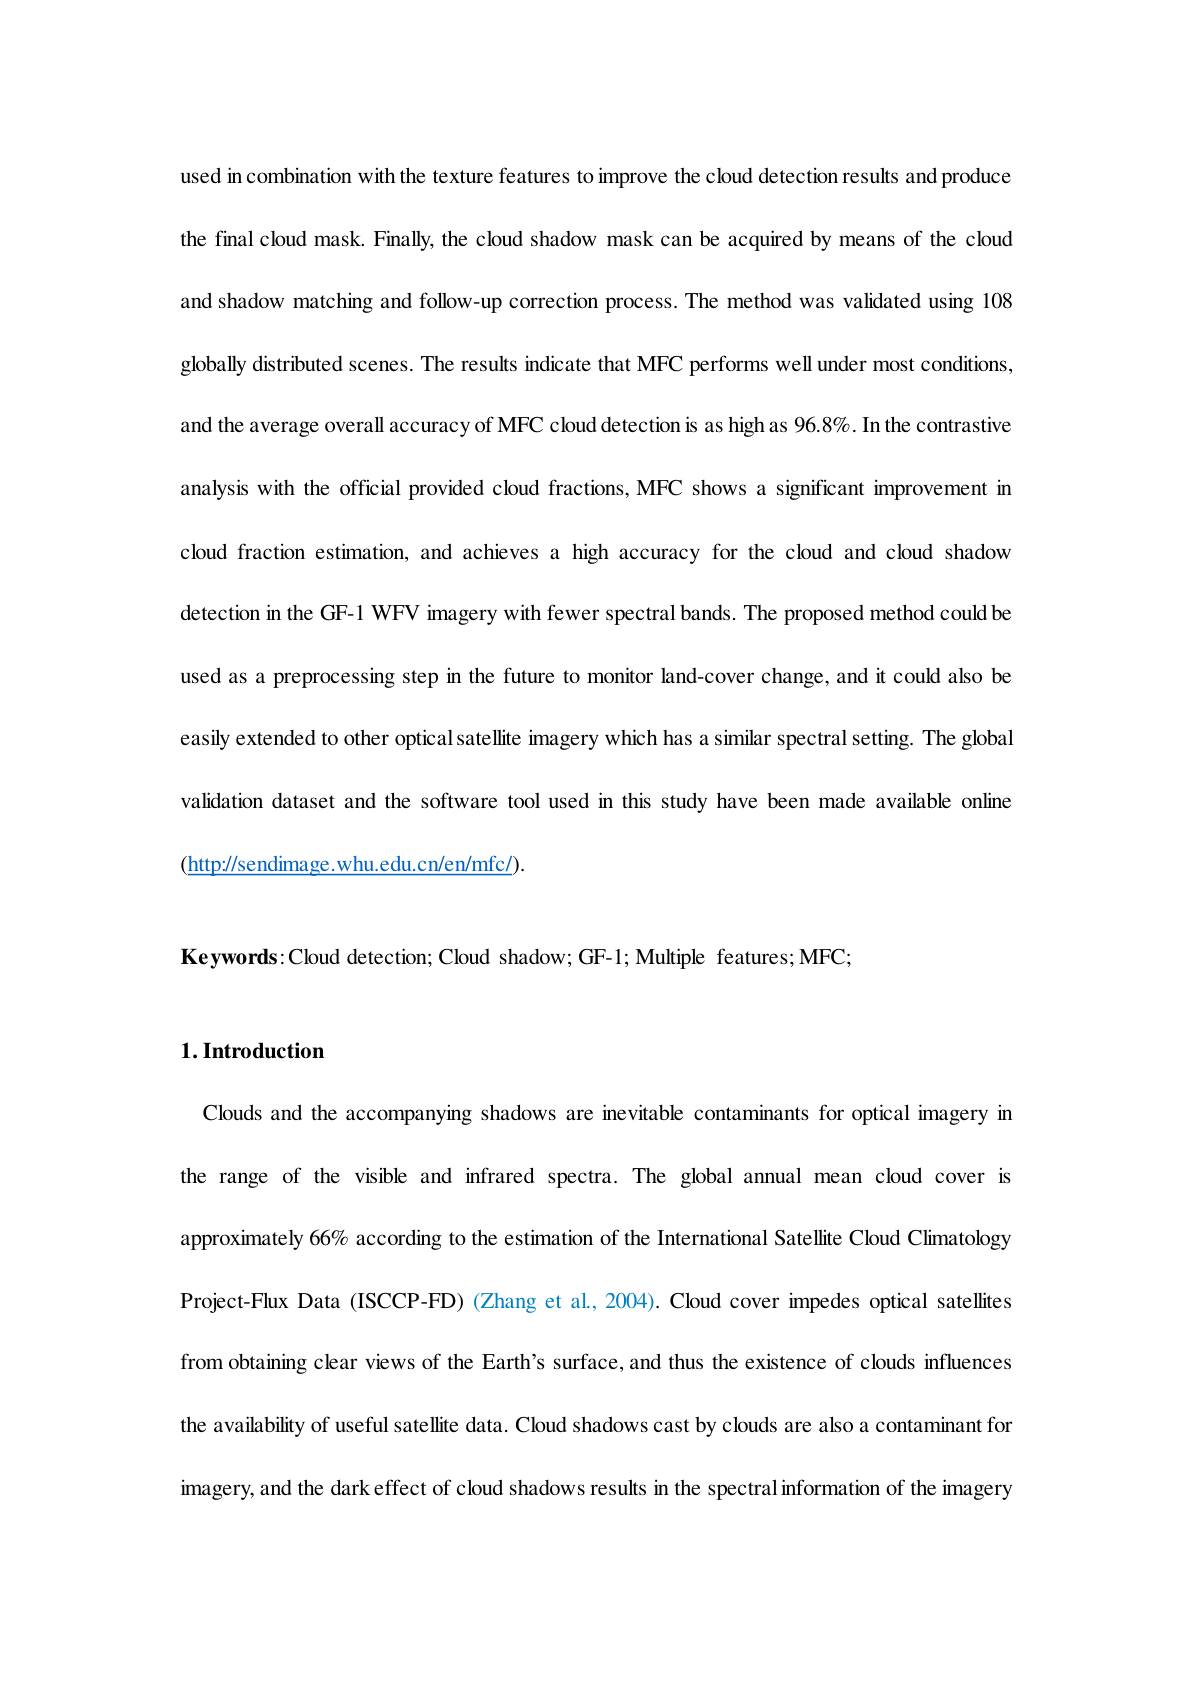
used in combination with the texture features to improve the cloud detection results and produce the final cloud mask. Finally, the cloud shadow mask can be acquired by means of the cloud and shadow matching and follow-up correction process. The method was validated using 108 globally distributed scenes. The results indicate that MFC performs well under most conditions and the average overall accuracy of MFC cloud detection is as high as 96.8%. In the contrastive analysis with the official provided cloud fractions, MFC shows a significant improvement in cloud fraction estimation, and achieves a high accuracy for the cloud and cloud shadow detection in the GF-1 WFV imagery with fewer spectral bands. The proposed method could be used as a preprocessing step in the future to monitor land-cover change, and it could also be easily extended to other optical satellite imagery which has a similar spectral setting. The global validation dataset and the software tool used in this study have been made available online $(\underline{\mathrm{http://sendimage.whu.edu.cn/en/mfc/}}).$

Keywords:Cloud detection; Cloud shadow; GF-1; Multiple features; MFC;

# 1. Introduction

Clouds and the accompanying shadows are inevitable contaminants for optical imagery in the range of the visible and infrared spectra. The global annual mean cloud cover is approximately 66% according to the estimation of the International Satellite Cloud Climatology Project-Flux Data (ISCCP-FD) (Zhang et al., 2004). Cloud cover impedes optical satellites from obtaining clear views of the Earth's surface, and thus the existence of clouds influences the availability of useful satellite data. Cloud shadows cast by clouds are also a contaminant for imagery, and the dark effect of cloud shadows results in the spectral information of the imagery